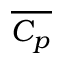
\overline { { C _ { p } } }